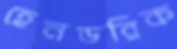
হেনডরিক